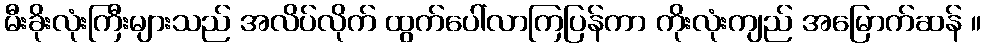
မီးခိုးလုံးကြီးများသည် အလိပ်လိုက် ထွက်ပေါ်လာကြပြန်ကာ ကိုးလုံးကျည် အမြောက်ဆန် ။